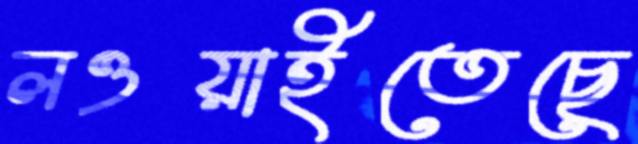
লওয়াইতেছে